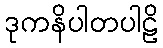
ဒုကနိပါတပါဠိ